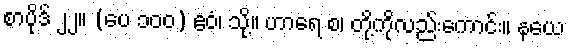
စာပိုဒ် ၂၂။ (ပေ ၁၀၀) ဧဝံ၊ သို့။ ဟာရေ စ၊ တို့ကိုလည်းကောင်း။ နယေ